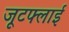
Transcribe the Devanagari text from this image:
जूटफ्लाई